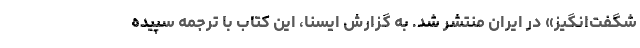
شگفت‌انگیز» در ایران منتشر شد. به گزارش ایسنا، این کتاب با ترجمه سپیده